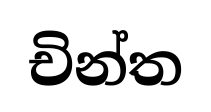
චින්ත